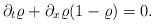
LaTeX: \begin{align*}\partial_t \varrho+\partial_x \varrho(1-\varrho)=0.\end{align*}